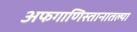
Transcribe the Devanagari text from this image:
अफगाणिस्तानातल्या